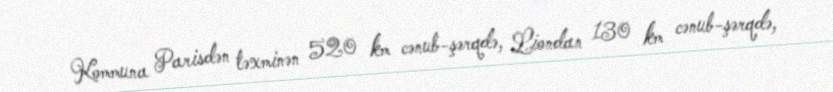
Kommuna Parisdən təxminən 520 km cənub-şərqdə, Liondan 130 km cənub-şərqdə,